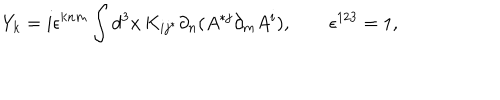
Y _ { k } = i \epsilon ^ { k n m } \int d ^ { 3 } x \, K _ { i j ^ { * } } \partial _ { n } ( A ^ { * j } \partial _ { m } A ^ { i } ) , \qquad \epsilon ^ { 1 2 3 } = 1 ,